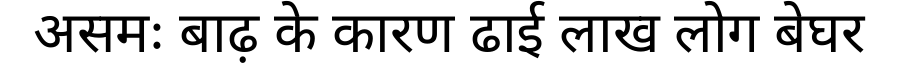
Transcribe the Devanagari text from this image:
असमः बाढ़ के कारण ढाई लाख लोग बेघर